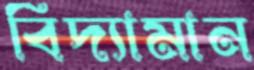
বিদ্যামান